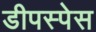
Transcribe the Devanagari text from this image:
डीपस्पेस